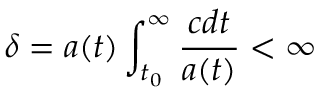
\delta = a ( t ) \int _ { t _ { 0 } } ^ { \infty } \frac { c d t } { a ( t ) } < \infty